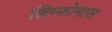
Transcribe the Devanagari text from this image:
लिम्‍फोमास